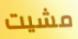
مشيت